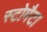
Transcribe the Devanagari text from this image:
स्टोमैटा